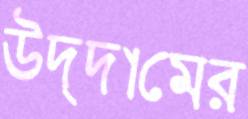
উদ্দামের